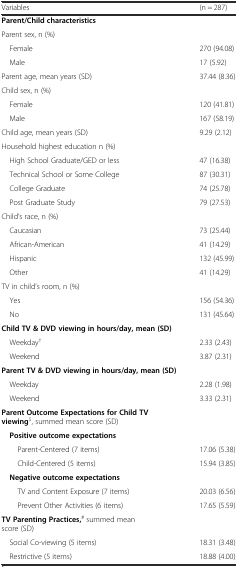
| Variables | (n = 287) |
 | --- | --- |
 | Parent/Child characteristics |  |
 | Parent sex, n (%) |  |
 | Female | 270 (94.08) |
 | Male | 17 (5.92) |
 | Parent age, mean years (SD) | 37.44 (8.36) |
 | Child sex, n (%) |  |
 | Female | 120 (41.81) |
 | Male | 167 (58.19) |
 | Child age, mean years (SD) | 9.29 (2.12) |
 | Household highest education n (%) |  |
 | High School Graduate/GED or less | 47 (16.38) |
 | Technical School or Some College | 87 (30.31) |
 | College Graduate | 74 (25.78) |
 | Post Graduate Study | 79 (27.53) |
 | Child’s race, n (%) |  |
 | Caucasian | 73 (25.44) |
 | African-American | 41 (14.29) |
 | Hispanic | 132 (45.99) |
 | Other | 41 (14.29) |
 | TV in child’s room, n (%) |  |
 | Yes | 156 (54.36) |
 | No | 131 (45.64) |
 | Child TV & DVD viewing in hours/day, mean (SD) |  |
 | Weekday† | 2.33 (2.43) |
 | Weekend | 3.87 (2.31) |
 | Parent TV & DVD viewing in hours/day, mean (SD) |  |
 | Weekday | 2.28 (1.98) |
 | Weekend | 3.33 (2.31) |
 | Parent Outcome Expectations for Child TV viewing$, summed mean score (SD) |  |
 | Positive outcome expectations |  |
 | Parent-Centered (7 items) | 17.06 (5.38) |
 | Child-Centered (5 items) | 15.94 (3.85) |
 | Negative outcome expectations |  |
 | TV and Content Exposure (7 items) | 20.03 (6.56) |
 | Prevent Other Activities (6 items) | 17.65 (5.59) |
 | TV Parenting Practices,# summed mean score (SD) |  |
 | Social Co-viewing (5 items) | 18.31 (3.48) |
 | Restrictive (5 items) | 18.88 (4.00) |